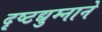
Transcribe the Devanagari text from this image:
दृष्टद्युम्नाने